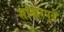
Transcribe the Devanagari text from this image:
साखरपुढे